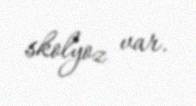
skolyoz var.